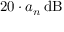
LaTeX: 2 0 \cdot a _ { n } \, \mathrm { d B }